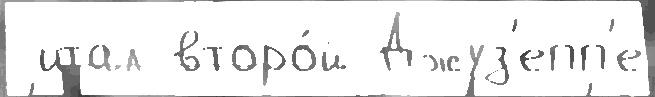
 итал второ́й Джуз'епп'е